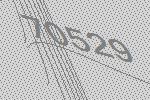
70529